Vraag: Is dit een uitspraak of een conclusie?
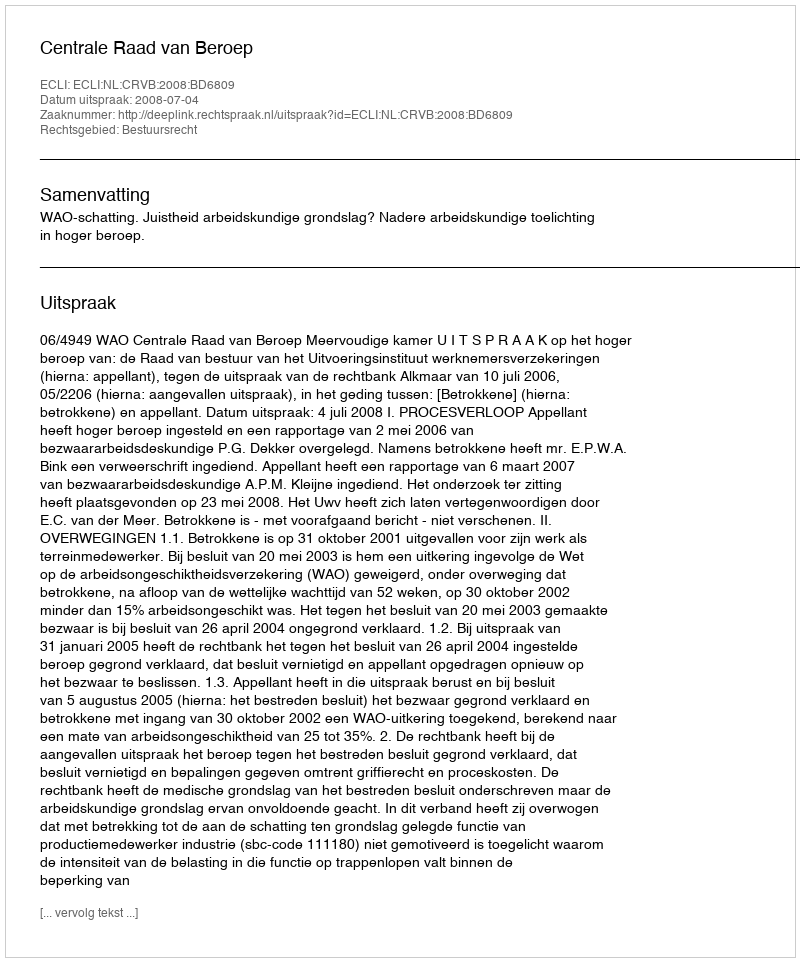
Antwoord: Uitspraak